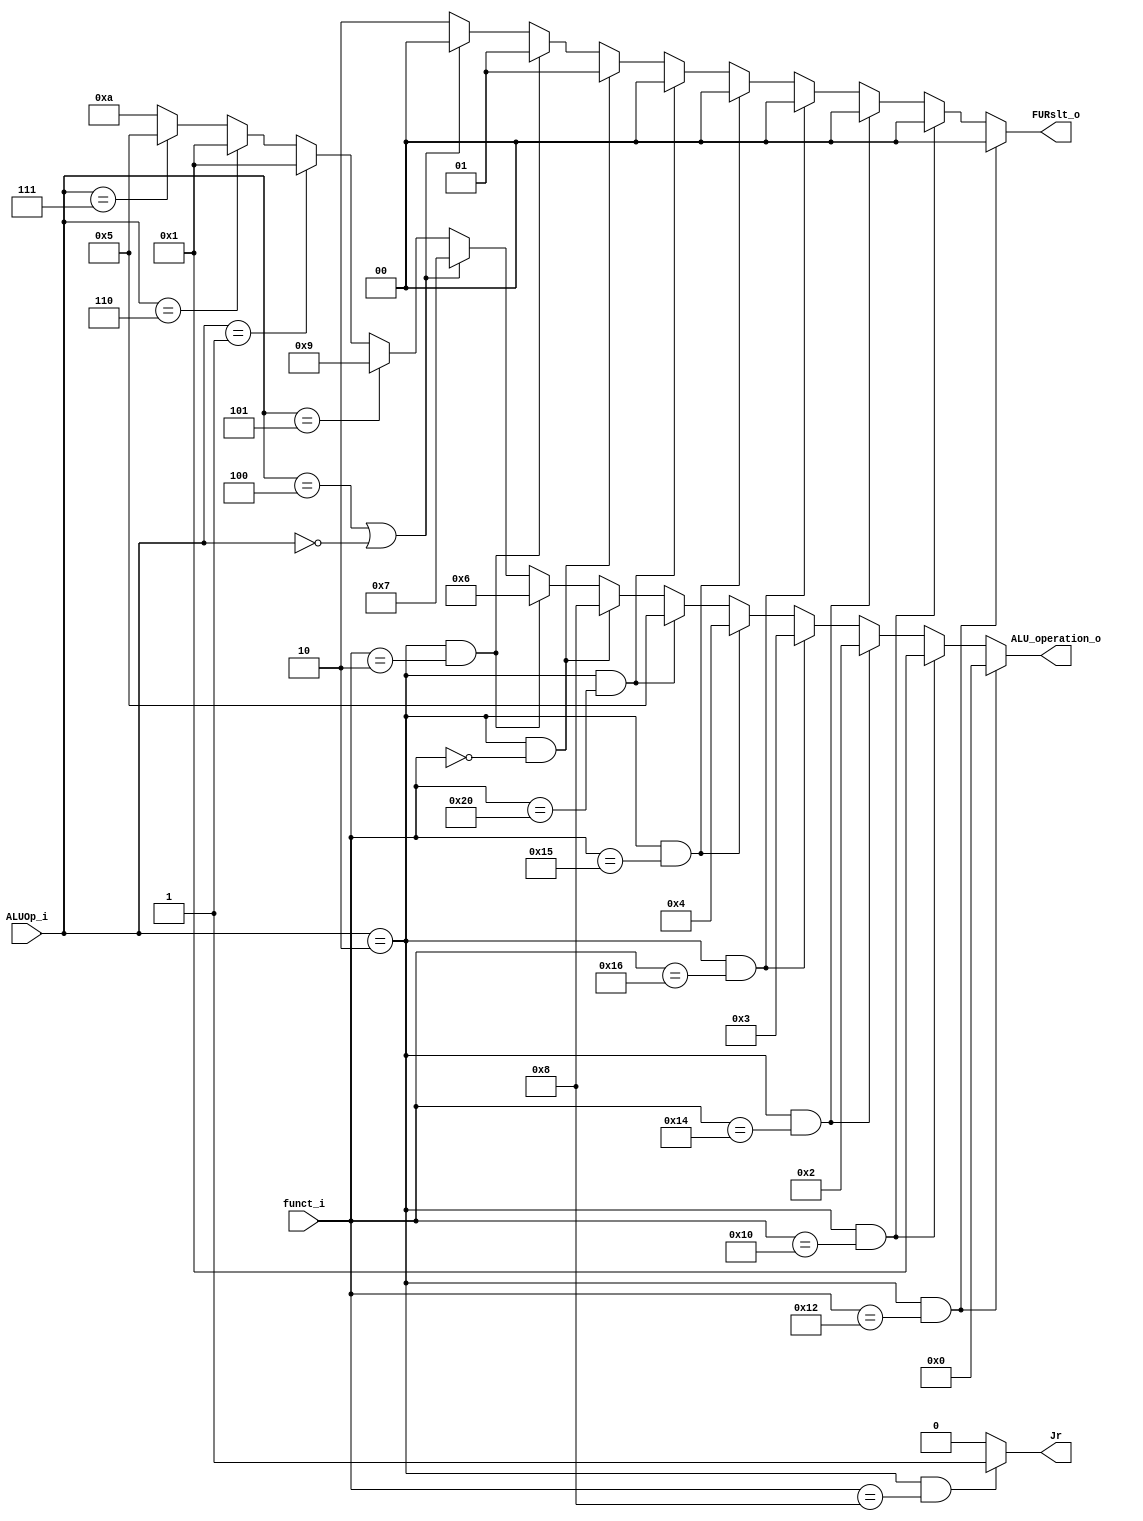
module ALU_Ctrl( funct_i, ALUOp_i, ALU_operation_o, FURslt_o, Jr );

//I/O ports 
input      [6-1:0] funct_i;
input      [3-1:0] ALUOp_i;

output     [4-1:0] ALU_operation_o;  
output     [2-1:0] FURslt_o;
output             Jr;

//Internal Signals
wire		[4-1:0] ALU_operation_o;
wire		[2-1:0] FURslt_o;
wire                Jr;

//Main function
/*your code here*/
assign	ALU_operation_o = ( ALUOp_i==2 && funct_i == 6'b010010)?4'b0000:
	( ALUOp_i == 3'b010 && funct_i == 6'b010000)?4'b0001: 
	( ALUOp_i == 3'b010 && funct_i == 6'b010100)?4'b0010: 
	( ALUOp_i == 3'b010 && funct_i == 6'b010110)?4'b0011: 
	( ALUOp_i == 3'b010 && funct_i == 6'b010101)?4'b0100: 
	( ALUOp_i == 3'b010 && funct_i == 6'b100000)?4'b0101: 
	( ALUOp_i == 3'b010 && funct_i == 6'b000000)?4'b1000: 
	( ALUOp_i == 3'b010 && funct_i == 6'b000010)?4'b0110: 
	( ALUOp_i == 3'b100 || ALUOp_i == 3'b000)?4'b0111:  	   
	( ALUOp_i == 3'b101)? 4'b1001:						   
	( ALUOp_i == 3'b001)? 4'b0001:						   
	( ALUOp_i == 3'b110)? 4'b0001:						   
	( ALUOp_i == 3'b111)? 4'b0101:4'b1010;
	
assign	FURslt_o = ( ALUOp_i == 3'b010 && funct_i == 6'b010010)?0:
	( ALUOp_i == 3'b010 && funct_i == 6'b010000)?0:
	( ALUOp_i == 3'b010 && funct_i == 6'b010100)?0:
	( ALUOp_i == 3'b010 && funct_i == 6'b010110)?0:
	( ALUOp_i == 3'b010 && funct_i == 6'b010101)?0:
	( ALUOp_i == 3'b010 && funct_i == 6'b100000)?0:
	( ALUOp_i == 3'b010 && funct_i == 6'b000000)?1:
	( ALUOp_i == 3'b010 && funct_i == 6'b000010)?1:
	( ALUOp_i == 3'b100 || ALUOp_i == 3'b000)?0:2;

assign Jr = (ALUOp_i == 3'b010 && funct_i ==6'b001000) ? 1 : 0;

endmodule